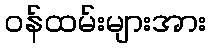
ဝန်ထမ်းများအား